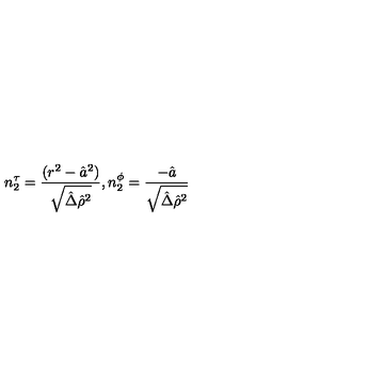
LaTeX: n _ { 2 } ^ { \tau } = { \frac { ( r ^ { 2 } - \hat { a } ^ { 2 } ) } { \sqrt { \hat { \Delta } \hat { \rho } ^ { 2 } } } } , n _ { 2 } ^ { \phi } = { \frac { - \hat { a } } { \sqrt { \hat { \Delta } \hat { \rho } ^ { 2 } } } }